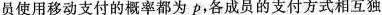
员使用移动支付的概率都为ρ，各成员的支付方式相互独